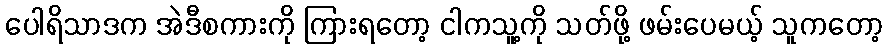
ပေါရိသာဒက အဲဒီစကားကို ကြားရတော့ ငါကသူ့ကို သတ်ဖို့ ဖမ်းပေမယ့် သူကတော့